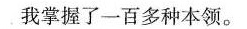
我掌握了一百多种本领。